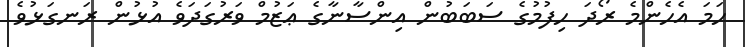
ހަމަ އެހެންމެ ރޯދަ ހިފުމުގެ ސަބަބުން އިންސާނާގެ ޢަޒުމް ވަރުގަދަވެ އުޅުން ރަނގަޅުވެ